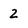
Character: 2